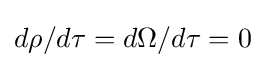
d\rho /d\tau =d\Omega /d\tau =0